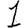
Digit: 1